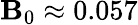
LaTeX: \mathbf{B}_{0}\approx0.057